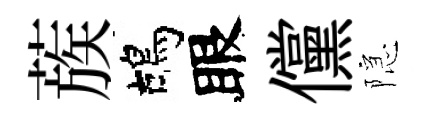
蔟鴣眼儻隠